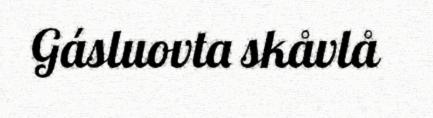
Gásluovta skåvlå